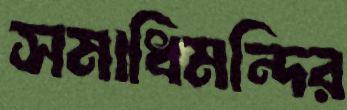
সমাধিমন্দির